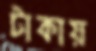
টাকায়